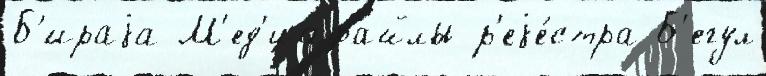
Б'ираjа М'ед'иафайлы р'еjе́стра Б'егул